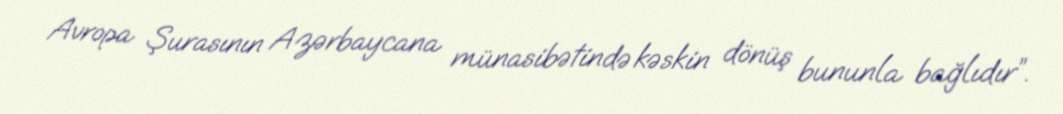
Avropa Şurasının Azərbaycana münasibətində kəskin dönüş bununla bağlıdır”.